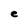
Character: e